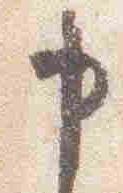
申